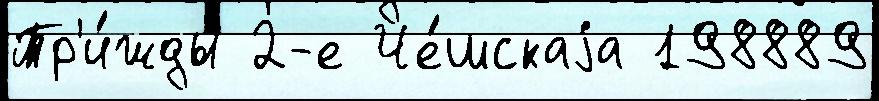
Тр'и́жды 2-е Че́шскаjа 198889